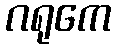
ဂရုကေ